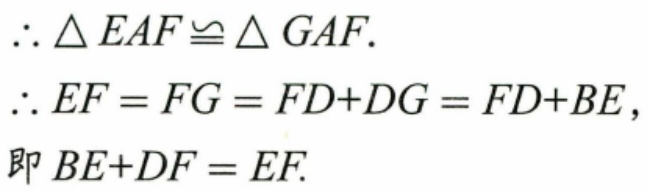
\(\therefore \triangle EAF\cong \triangle GAF\).
\(\therefore EF = FG=FD + DG=FD + BE\),
即\(BE + DF = EF\).